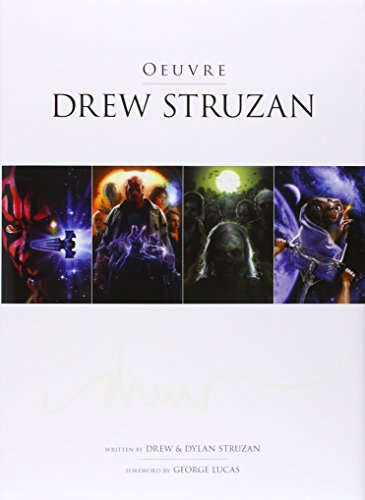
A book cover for Drew Struzan: Oeuvre; Dylan Struzan; Arts & Photography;